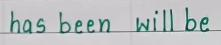
has been   will be